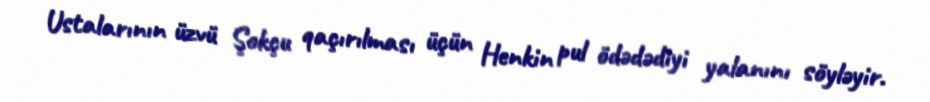
Ustalarının üzvü Şokçu qaçırılması üçün Henkin pul ödədədiyi yalanını söyləyir.